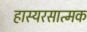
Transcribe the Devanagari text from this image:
हास्यरसात्मक